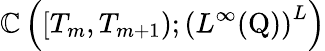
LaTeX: \mathbb{C}\left([T_{m},T_{m+1});\left(L^{\infty}(\mathrm{{Q}})\right)^{L}\right)